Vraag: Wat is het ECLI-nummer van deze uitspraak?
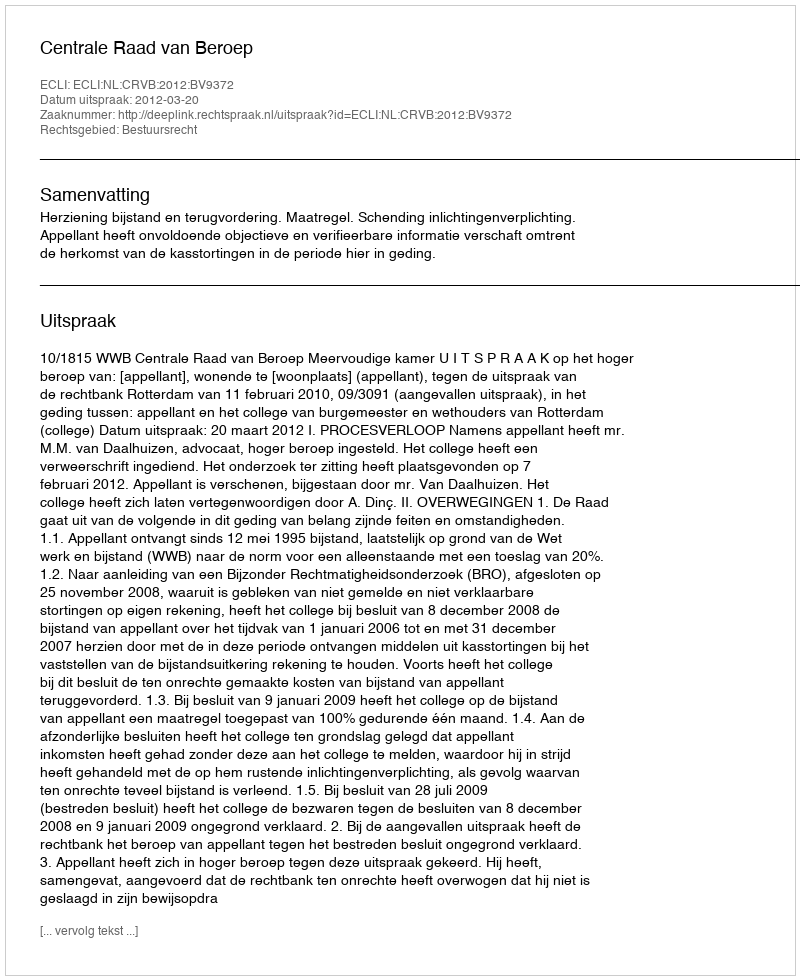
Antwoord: ECLI:NL:CRVB:2012:BV9372